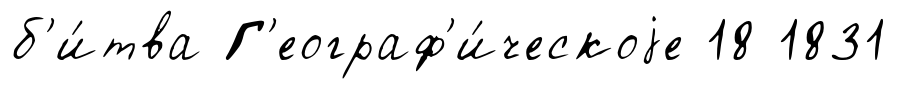
б'и́тва Г'еограф'и́ческоjе 18 1831